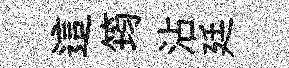
這筠沾廷